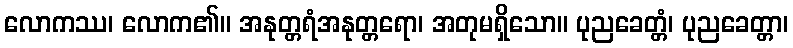
လောကဿ၊ လောက၏။ အနုတ္တရံအနုတ္တရော၊ အတုမရှိသော။ ပုညခေတ္တံ၊ ပုညခေတ္တာ၊